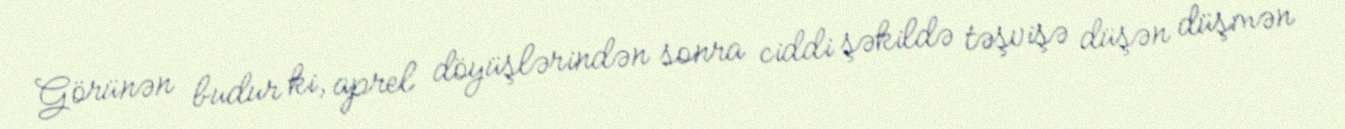
Görünən budur ki, aprel döyüşlərindən sonra ciddi şəkildə təşvişə düşən düşmən